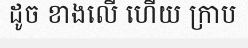
ដូច ខាងលើ ហើយ ក្រាប